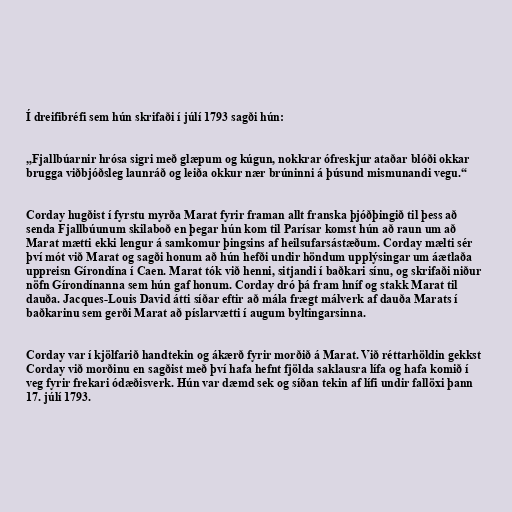
Í dreifibréfi sem hún skrifaði í júlí 1793 sagði hún:

„Fjallbúarnir hrósa sigri með glæpum og kúgun, nokkrar ófreskjur ataðar blóði okkar
brugga viðbjóðsleg launráð og leiða okkur nær brúninni á þúsund mismunandi vegu.“

Corday hugðist í fyrstu myrða Marat fyrir framan allt franska þjóðþingið til þess að
senda Fjallbúunum skilaboð en þegar hún kom til Parísar komst hún að raun um að
Marat mætti ekki lengur á samkomur þingsins af heilsufarsástæðum. Corday mælti sér
því mót við Marat og sagði honum að hún hefði undir höndum upplýsingar um áætlaða
uppreisn Gírondína í Caen. Marat tók við henni, sitjandi í baðkari sínu, og skrifaði niður
nöfn Gírondínanna sem hún gaf honum. Corday dró þá fram hníf og stakk Marat til
dauða. Jacques-Louis David átti síðar eftir að mála frægt málverk af dauða Marats í
baðkarinu sem gerði Marat að píslarvætti í augum byltingarsinna.

Corday var í kjölfarið handtekin og ákærð fyrir morðið á Marat. Við réttarhöldin gekkst
Corday við morðinu en sagðist með því hafa hefnt fjölda saklausra lífa og hafa komið í
veg fyrir frekari ódæðisverk. Hún var dæmd sek og síðan tekin af lífi undir fallöxi þann
17. júlí 1793.